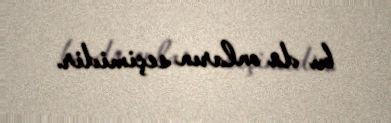
bu da onların seçimidir.